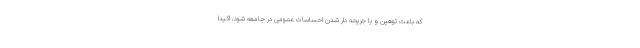
که باعث توهین و یا جریحه دار شدن احساسات عمومی در جامعه شود، اکیدا